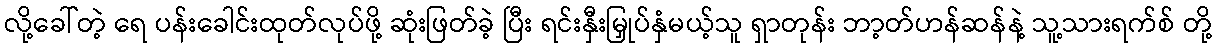
လို့ခေါ်တဲ့ ရေ ပန်းခေါင်းထုတ်လုပ်ဖို့ ဆုံးဖြတ်ခဲ့ ပြီး ရင်းနှီးမြှုပ်နှံမယ့်သူ ရှာတုန်း ဘာ့တ်ဟန်ဆန်နဲ့ သူ့သားရက်စ် တို့